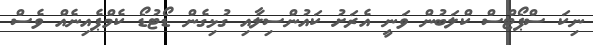
ނިކަ ސްޕޯޓްސް ކްލަބުން ވަނީ އެރަށު ކައުންސިލާއި ގުޅިގެން ޑޯޓުޑޯ ކެމްޕެއިނެއް ވެސް